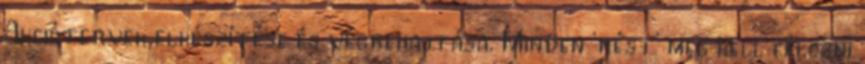
Akciótervek elkészítése és végrehajtása. Minden ‘rést’ meg kell célozni